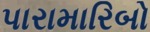
પારામારિબો